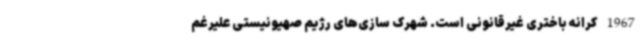
1967 کرانه باختری غیرقانونی است. شهرک سازی‌های رژیم صهیونیستی علیرغم